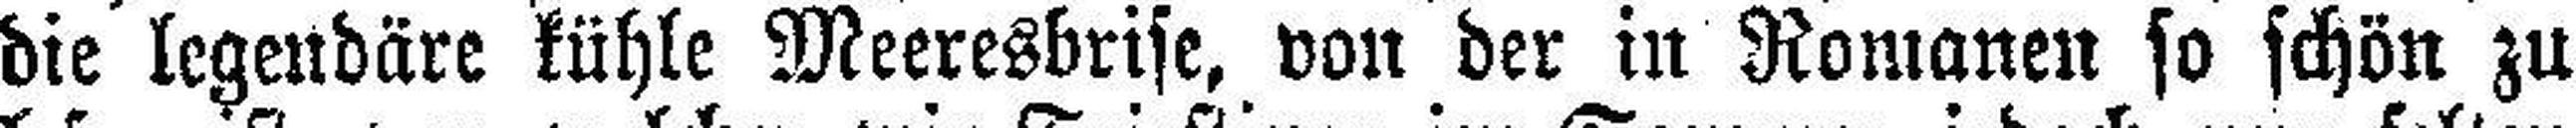
die legendäre kühle Meeresbrise, von der in Romanen so schön zu